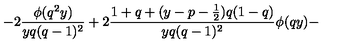
- 2 \frac { \phi ( q ^ { 2 } y ) } { y q ( q - 1 ) ^ { 2 } } + 2 \frac { 1 + q + ( y - p - \frac { 1 } { 2 } ) q ( 1 - q ) } { y q ( q - 1 ) ^ { 2 } } \phi ( q y ) -